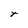
Character: t